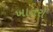
ખાતરો